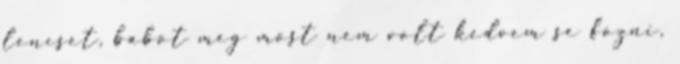
lencset, babot meg most nem volt kedvem se fozni,